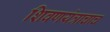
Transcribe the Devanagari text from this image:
शिवणयंत्राचाच